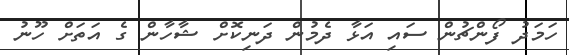
ހަމަދު ފޯންޗުން ސައި އަޅާ ދެމުން ދަނިކޮށް ޝާހާން ގެ އަތަށް ހޫނު